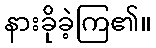
နားခိုခဲ့ကြ၏။